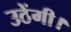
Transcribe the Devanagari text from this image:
उठेंगी।